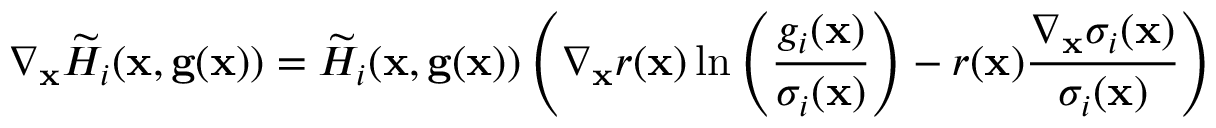
\nabla _ { \mathbf x } \widetilde H _ { i } ( \mathbf x , \mathbf g ( \mathbf x ) ) = \widetilde H _ { i } ( \mathbf x , \mathbf g ( \mathbf x ) ) \left( \nabla _ { \mathbf x } r ( \mathbf x ) \ln \left( \frac { g _ { i } ( \mathbf x ) } { \sigma _ { i } ( \mathbf x ) } \right) - r ( \mathbf x ) \frac { \nabla _ { \mathbf x } \sigma _ { i } ( \mathbf x ) } { \sigma _ { i } ( \mathbf x ) } \right)